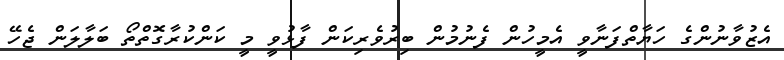
އެޒުވާނުންގެ ހަޔާތްފަނާވީ އެމީހުން ފެނުމުން ބިރުވެރިކަން ފާޅުވީ މީ ކަންކުރާގޮތްތޯ ބަލާލަން ޖެހޭ